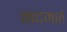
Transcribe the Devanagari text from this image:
मदमाते